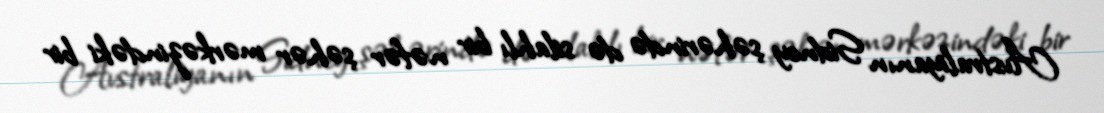
Avstraliyanın Sidney şəhərində də silahlı bir nəfər şəhər mərkəzindəki bir